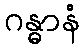
ဂန္ဓာနံ